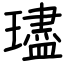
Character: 璶